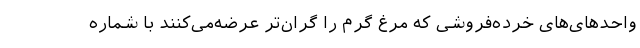
واحدهای‌های خرده‌فروشی که مرغ گرم را گران‌تر عرضه‌می‌کنند با شماره